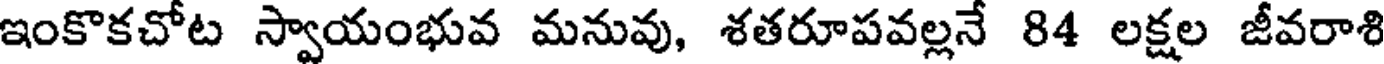
ఇంకొకచోట స్వాయంభువ మనువు, శతరూపవల్లనే 84 లక్షల జీవరాశి